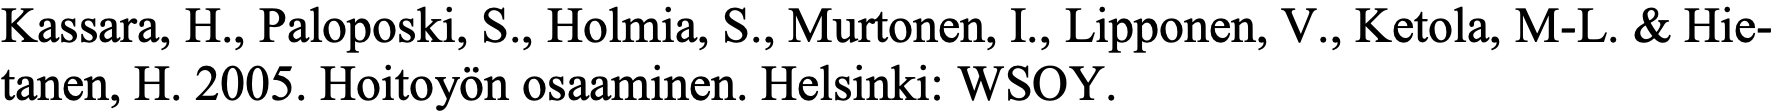
Kassara, H., Paloposki, S., Holmia, S., Murtonen, I., Lipponen, V., Ketola, M-L. & Hie- tanen, H. 2005. Hoitoyön osaaminen. Helsinki: WSOY.